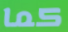
كما